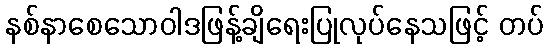
နစ်နာစေသောဝါဒဖြန့်ချိရေးပြုလုပ်နေသဖြင့် တပ်